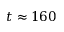
t \approx 1 6 0